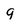
Character: 9